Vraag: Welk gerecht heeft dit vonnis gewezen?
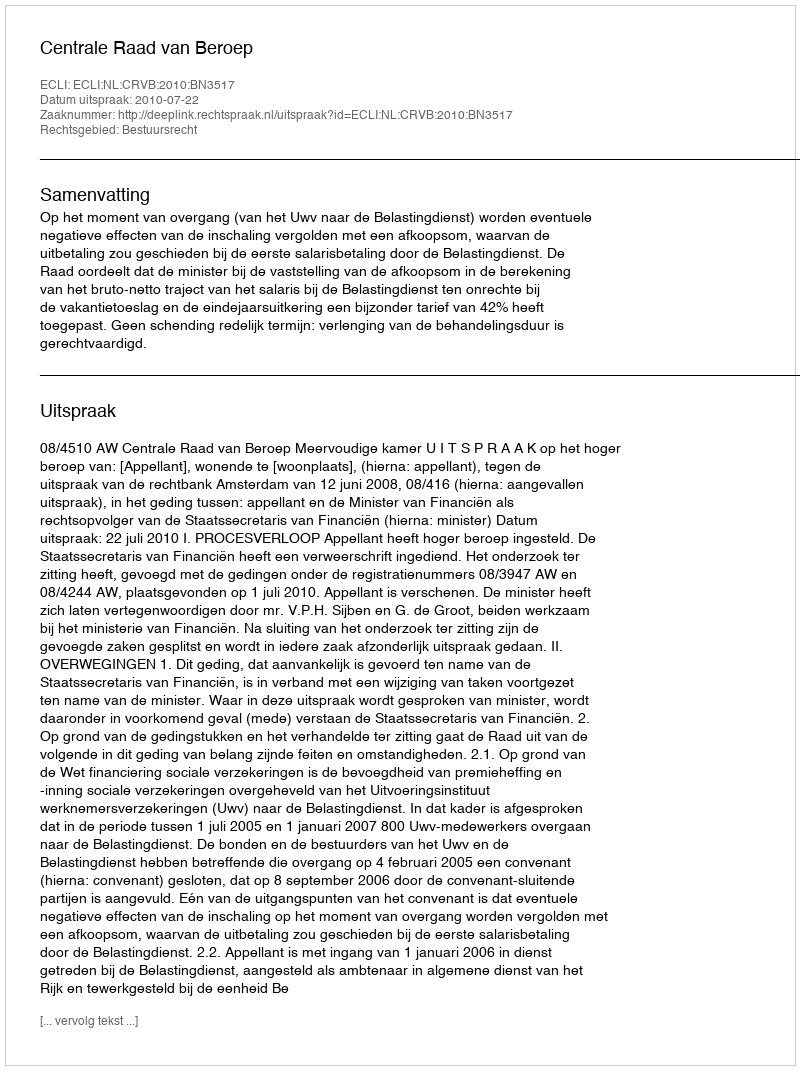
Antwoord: Centrale Raad van Beroep